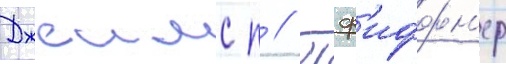
Джеимс п // Пф'иффн'ер